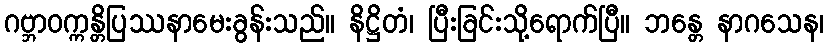
ဂဗ္ဘာဝက္ကန္တိပြဿနာမေးခွန်းသည်။ နိဋ္ဌိတံ၊ ပြီးခြင်းသို့ရောက်ပြီ။ ဘန္တေ နာဂသေန၊